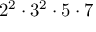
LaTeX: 2 ^ { 2 } \cdot 3 ^ { 2 } \cdot 5 \cdot 7